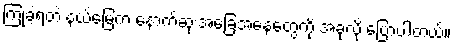
ကြုံခဲ့ရတဲ့ နယ်မြေက နောက်ဆုံးအခြေအနေတွေကို အခုလို ပြောပါတယ်။